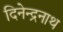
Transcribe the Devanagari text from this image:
दिनेन्द्रनाथ